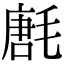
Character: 㲥